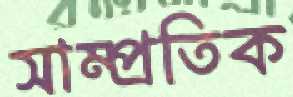
সাম্প্রতিক